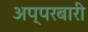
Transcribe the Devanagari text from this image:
अप्परबारी